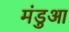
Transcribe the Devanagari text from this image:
मंडुआ